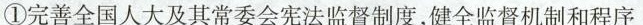
①完善全国人大及其常委会宪法监督制度，健全监督机制和程序